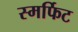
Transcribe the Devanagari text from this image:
स्मर्फिट